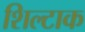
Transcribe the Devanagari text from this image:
शिल्टाक